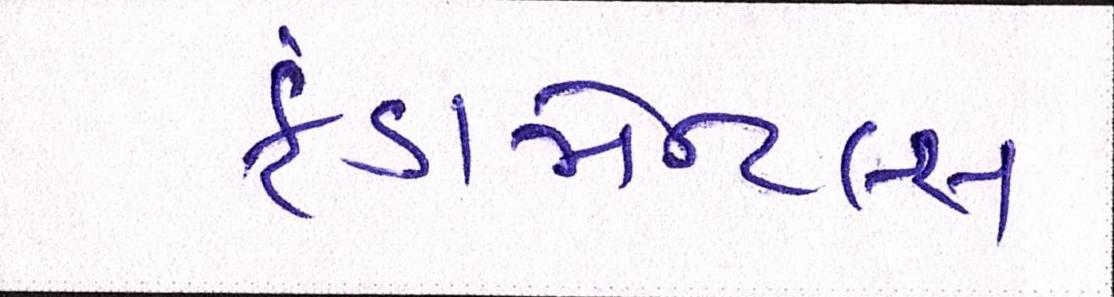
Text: ફંડામેન્ટલ્સ